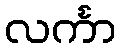
လင်္ကာ